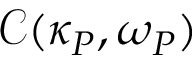
\mathcal { C } ( \kappa _ { P } , \omega _ { P } )